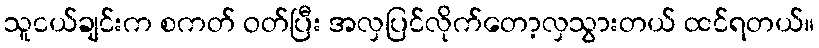
သူငယ်ချင်းက စကတ် ဝတ်ပြီး အလှပြင်လိုက်တော့လှသွားတယ် ထင်ရတယ်။